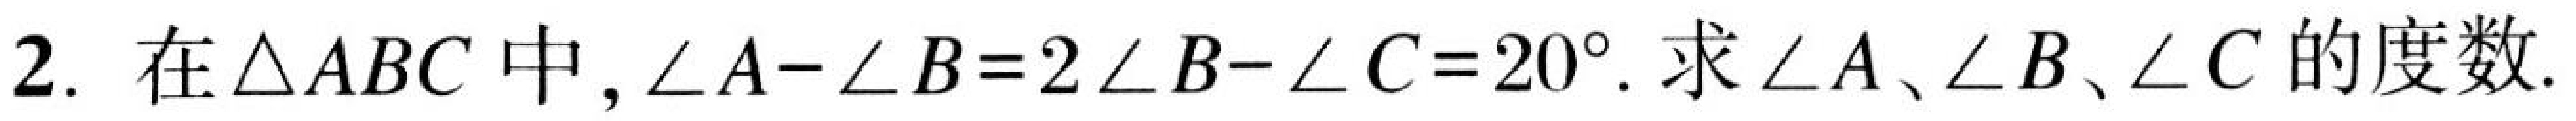
在$\triangle ABC$中，$\angle A - \angle B = 2\angle B - \angle C = 20^{\circ}$. 求$\angle A$、$\angle B$、$\angle C$的度数.